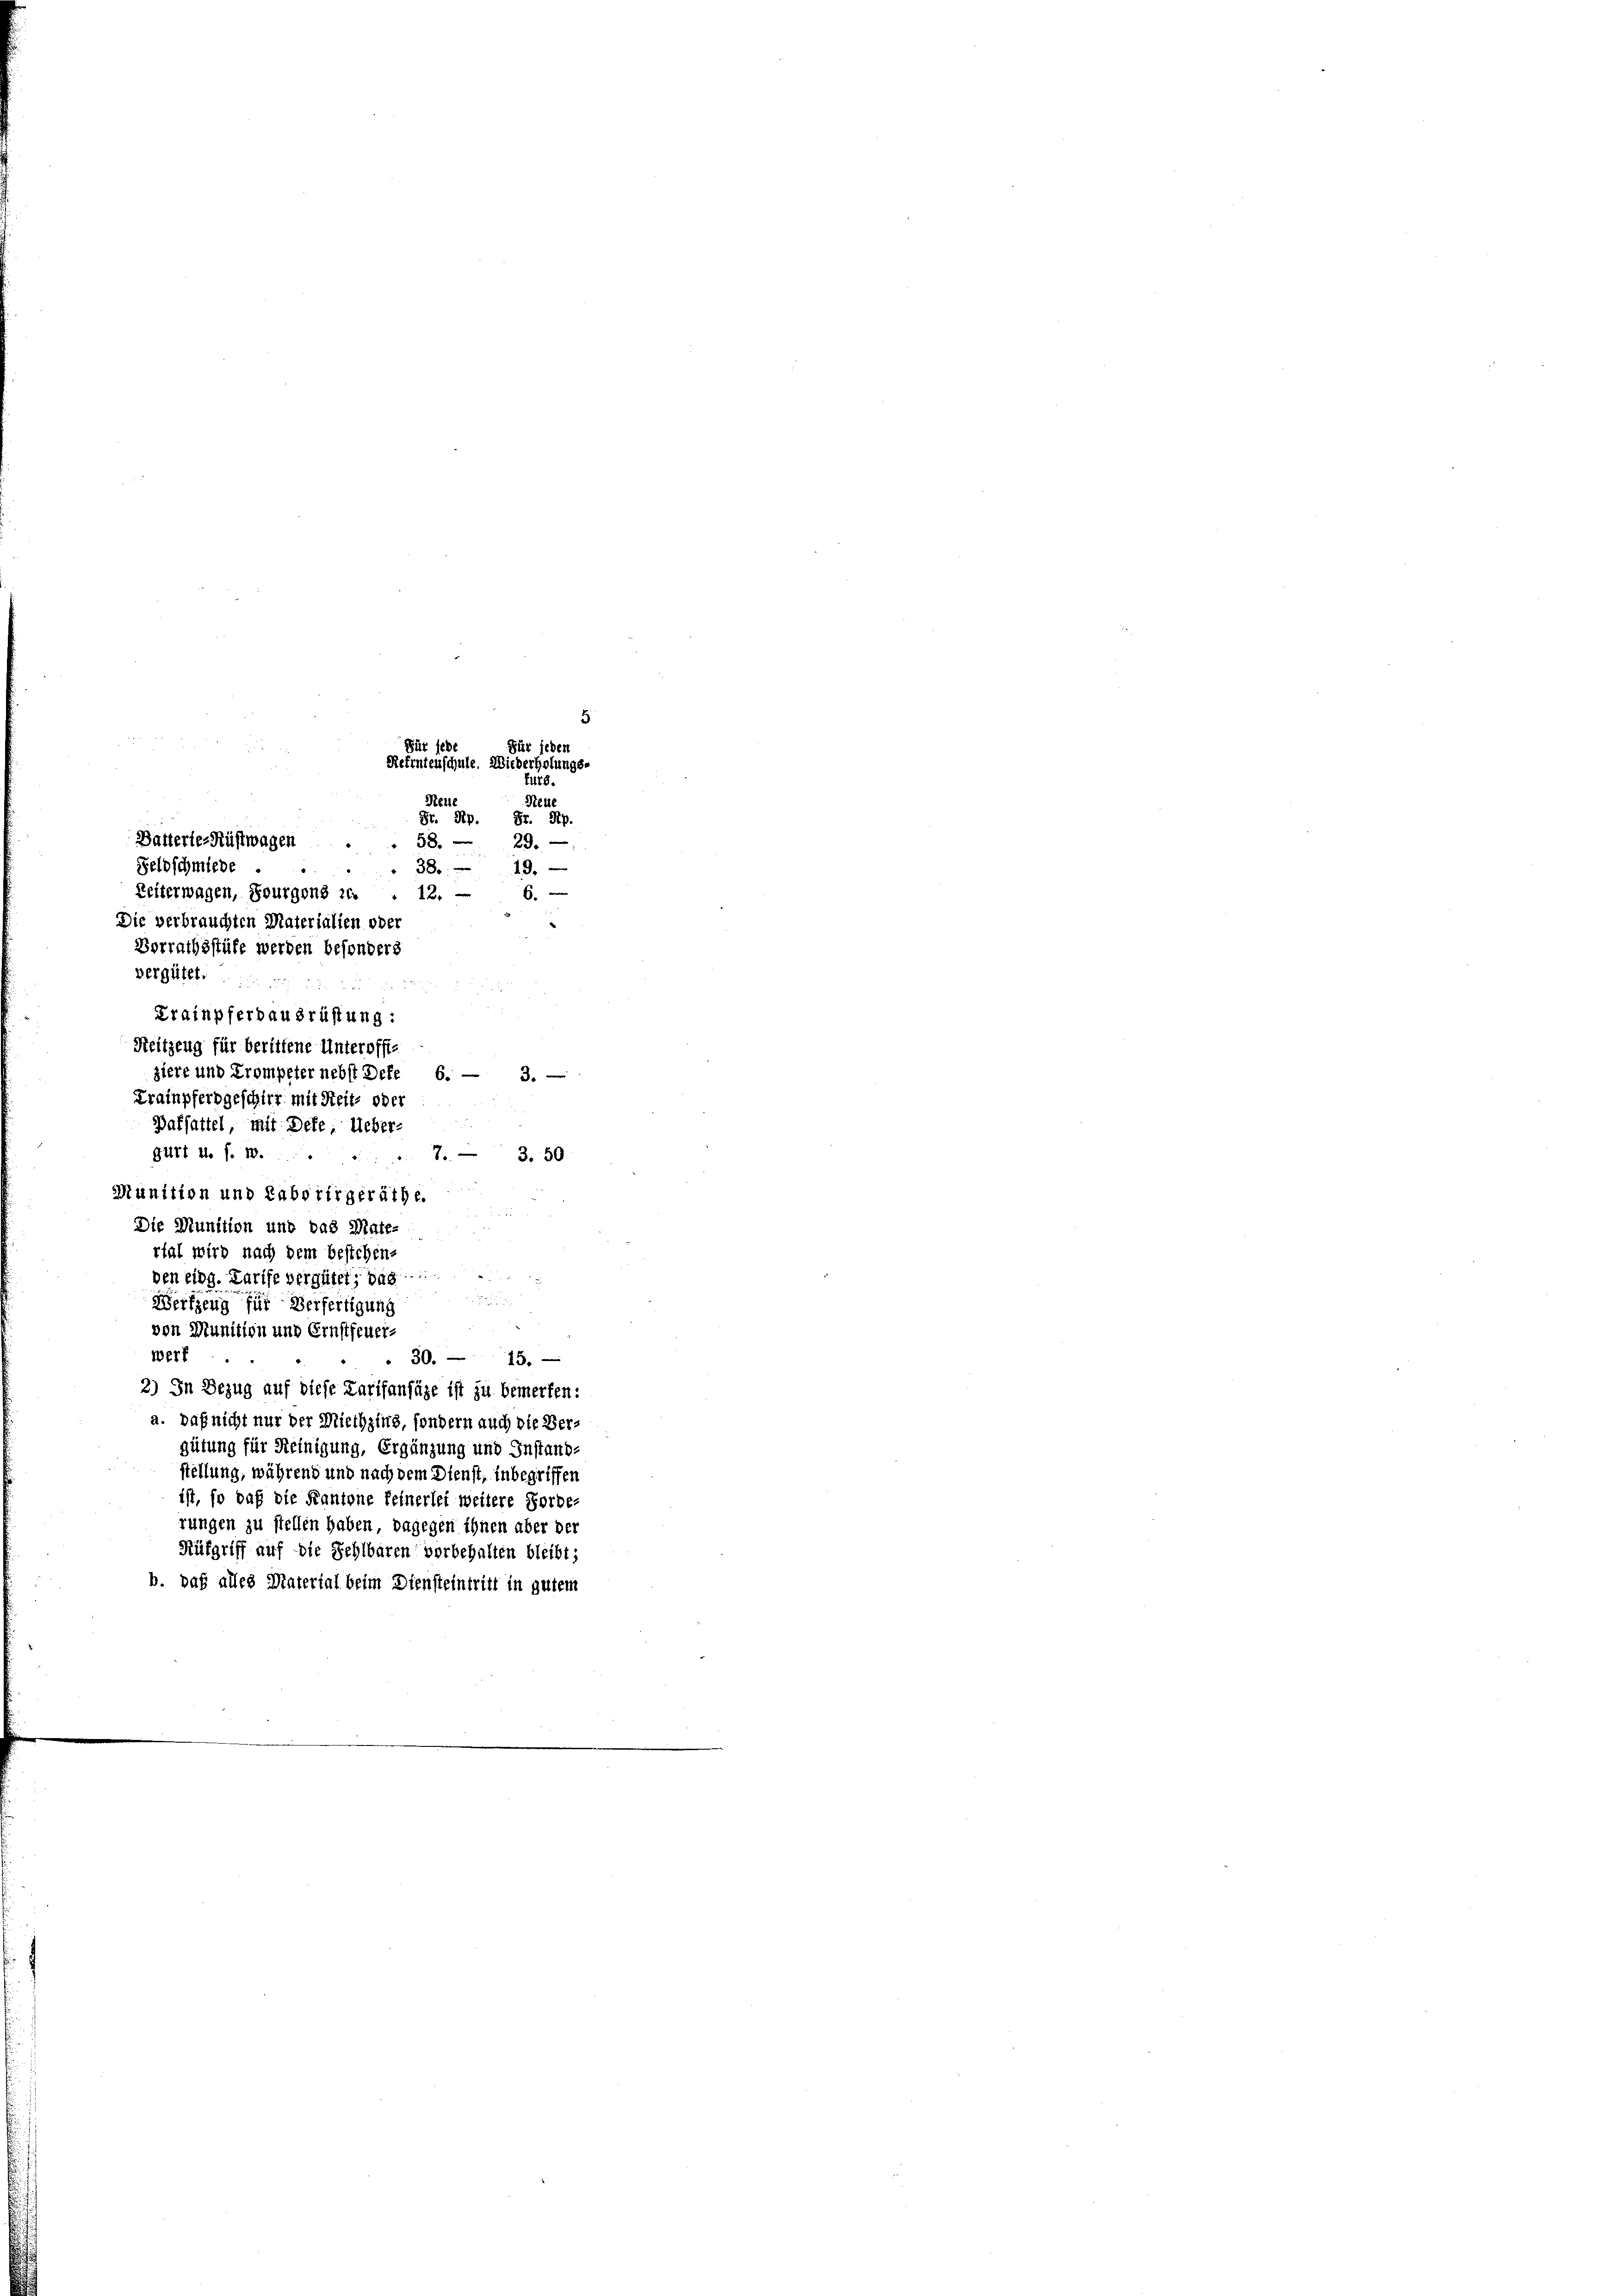
Büt seh
Refrntenschule. Wiederholungs-
Neue

Batterie-Rüstwagen
Feldschmiede
.
Reitzeng für beriffene Unteroffes
ziere und Trompeter nebst Dete 6. —
3
Krainpferbgeschirr mit Reit- oder
Baffattel, mit Dete, Ueber-
7.
Gürt u. s. B.
3. 50
Munition und Laborirgeräthe.
Die Munition und das Mate-
rtal wird nach dem bestehens
den eidg. Karife vergütet; dag
r
Werkzeug für Verfertigung
von Munition und Ernstfeuer-
werf
30. 15.
2) In Bezug auf diese Tarifanfüge ist zu bemerken:
a. Daß nicht nur der Miethzing, sondern auch die Vergütung für Heinigung, Ergänzung und Instand-
stellung, während und nach dem Dienst, inbegriffen
ist, so daß die Kantone feinerlei weitere Forde-
rungen zu stellen haben, dagegen ihnen aber der
Küfgriff auf die Sehlbaren vorbehalten bleibt;
b. daß alles Matertal beim Diensteintritt in gutem

.
Zeiterwagen, Bourgend ic
12
Die verbrauchten Materialien oder
Vorrathsstüfe werden besonders
Vergütet
Krainpferbausrüstung:

5
Für jeden
furg.
Reue
Gr. Rp. Fr. Sp.
58.
29.
38. 19.